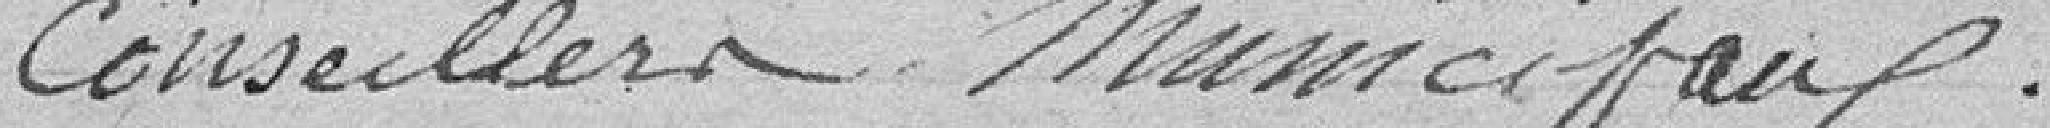
conseillers municipaux.